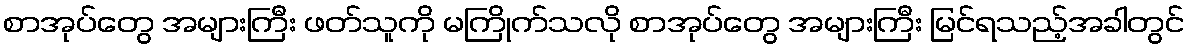
စာအုပ်တွေ အများကြီး ဖတ်သူကို မကြိုက်သလို စာအုပ်တွေ အများကြီး မြင်ရသည့်အခါတွင်